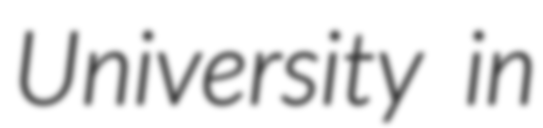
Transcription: University in